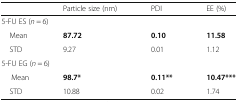
<table><thead><tr><td></td><td><b>Particle size (nm)</b></td><td><b>PDI</b></td><td><b>EE (%)</b></td></tr></thead><tbody><tr><td colspan="4">5-FU ES (<i>n</i> = 6)</td></tr><tr><td> Mean</td><td><b>87.72</b></td><td><b>0.10</b></td><td><b>11.58</b></td></tr><tr><td> STD</td><td>9.27</td><td>0.01</td><td>1.12</td></tr><tr><td colspan="4">5-FU EG (<i>n</i> = 6)</td></tr><tr><td>Mean</td><td><b>98.7*</b></td><td><b>0.11**</b></td><td><b>10.47***</b></td></tr><tr><td> STD</td><td>10.88</td><td>0.02</td><td>1.74</td></tr></tbody></table>